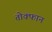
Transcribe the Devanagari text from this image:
तोक्फान